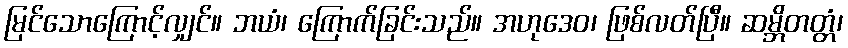
မြင်သောကြောင့်လျှင်။ ဘယံ၊ ကြောက်ခြင်းသည်။ အဟုဒေဝ၊ ဖြစ်လတ်ပြီ။ ဆမ္ဘိတတ္တံ၊